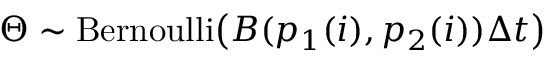
\Theta \sim \operatorname { B e r n o u l l i } \! \left( B ( p _ { 1 } ( i ) , p _ { 2 } ( i ) ) \Delta { t } \right)